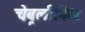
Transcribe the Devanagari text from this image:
चेबूलीनिक